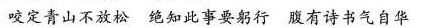
咬定青山不放松 绝知此事要躬行 腹有诗书气自华